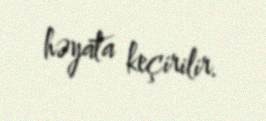
həyata keçirilir.